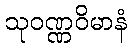
သုဝဏ္ဏဝိမာနံ